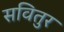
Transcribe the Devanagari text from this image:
सवितुर